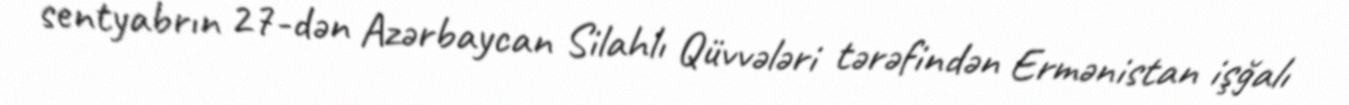
sentyabrın 27-dən Azərbaycan Silahlı Qüvvələri tərəfindən Ermənistan işğalı